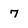
Character: 7